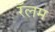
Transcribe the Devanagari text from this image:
रॅलम